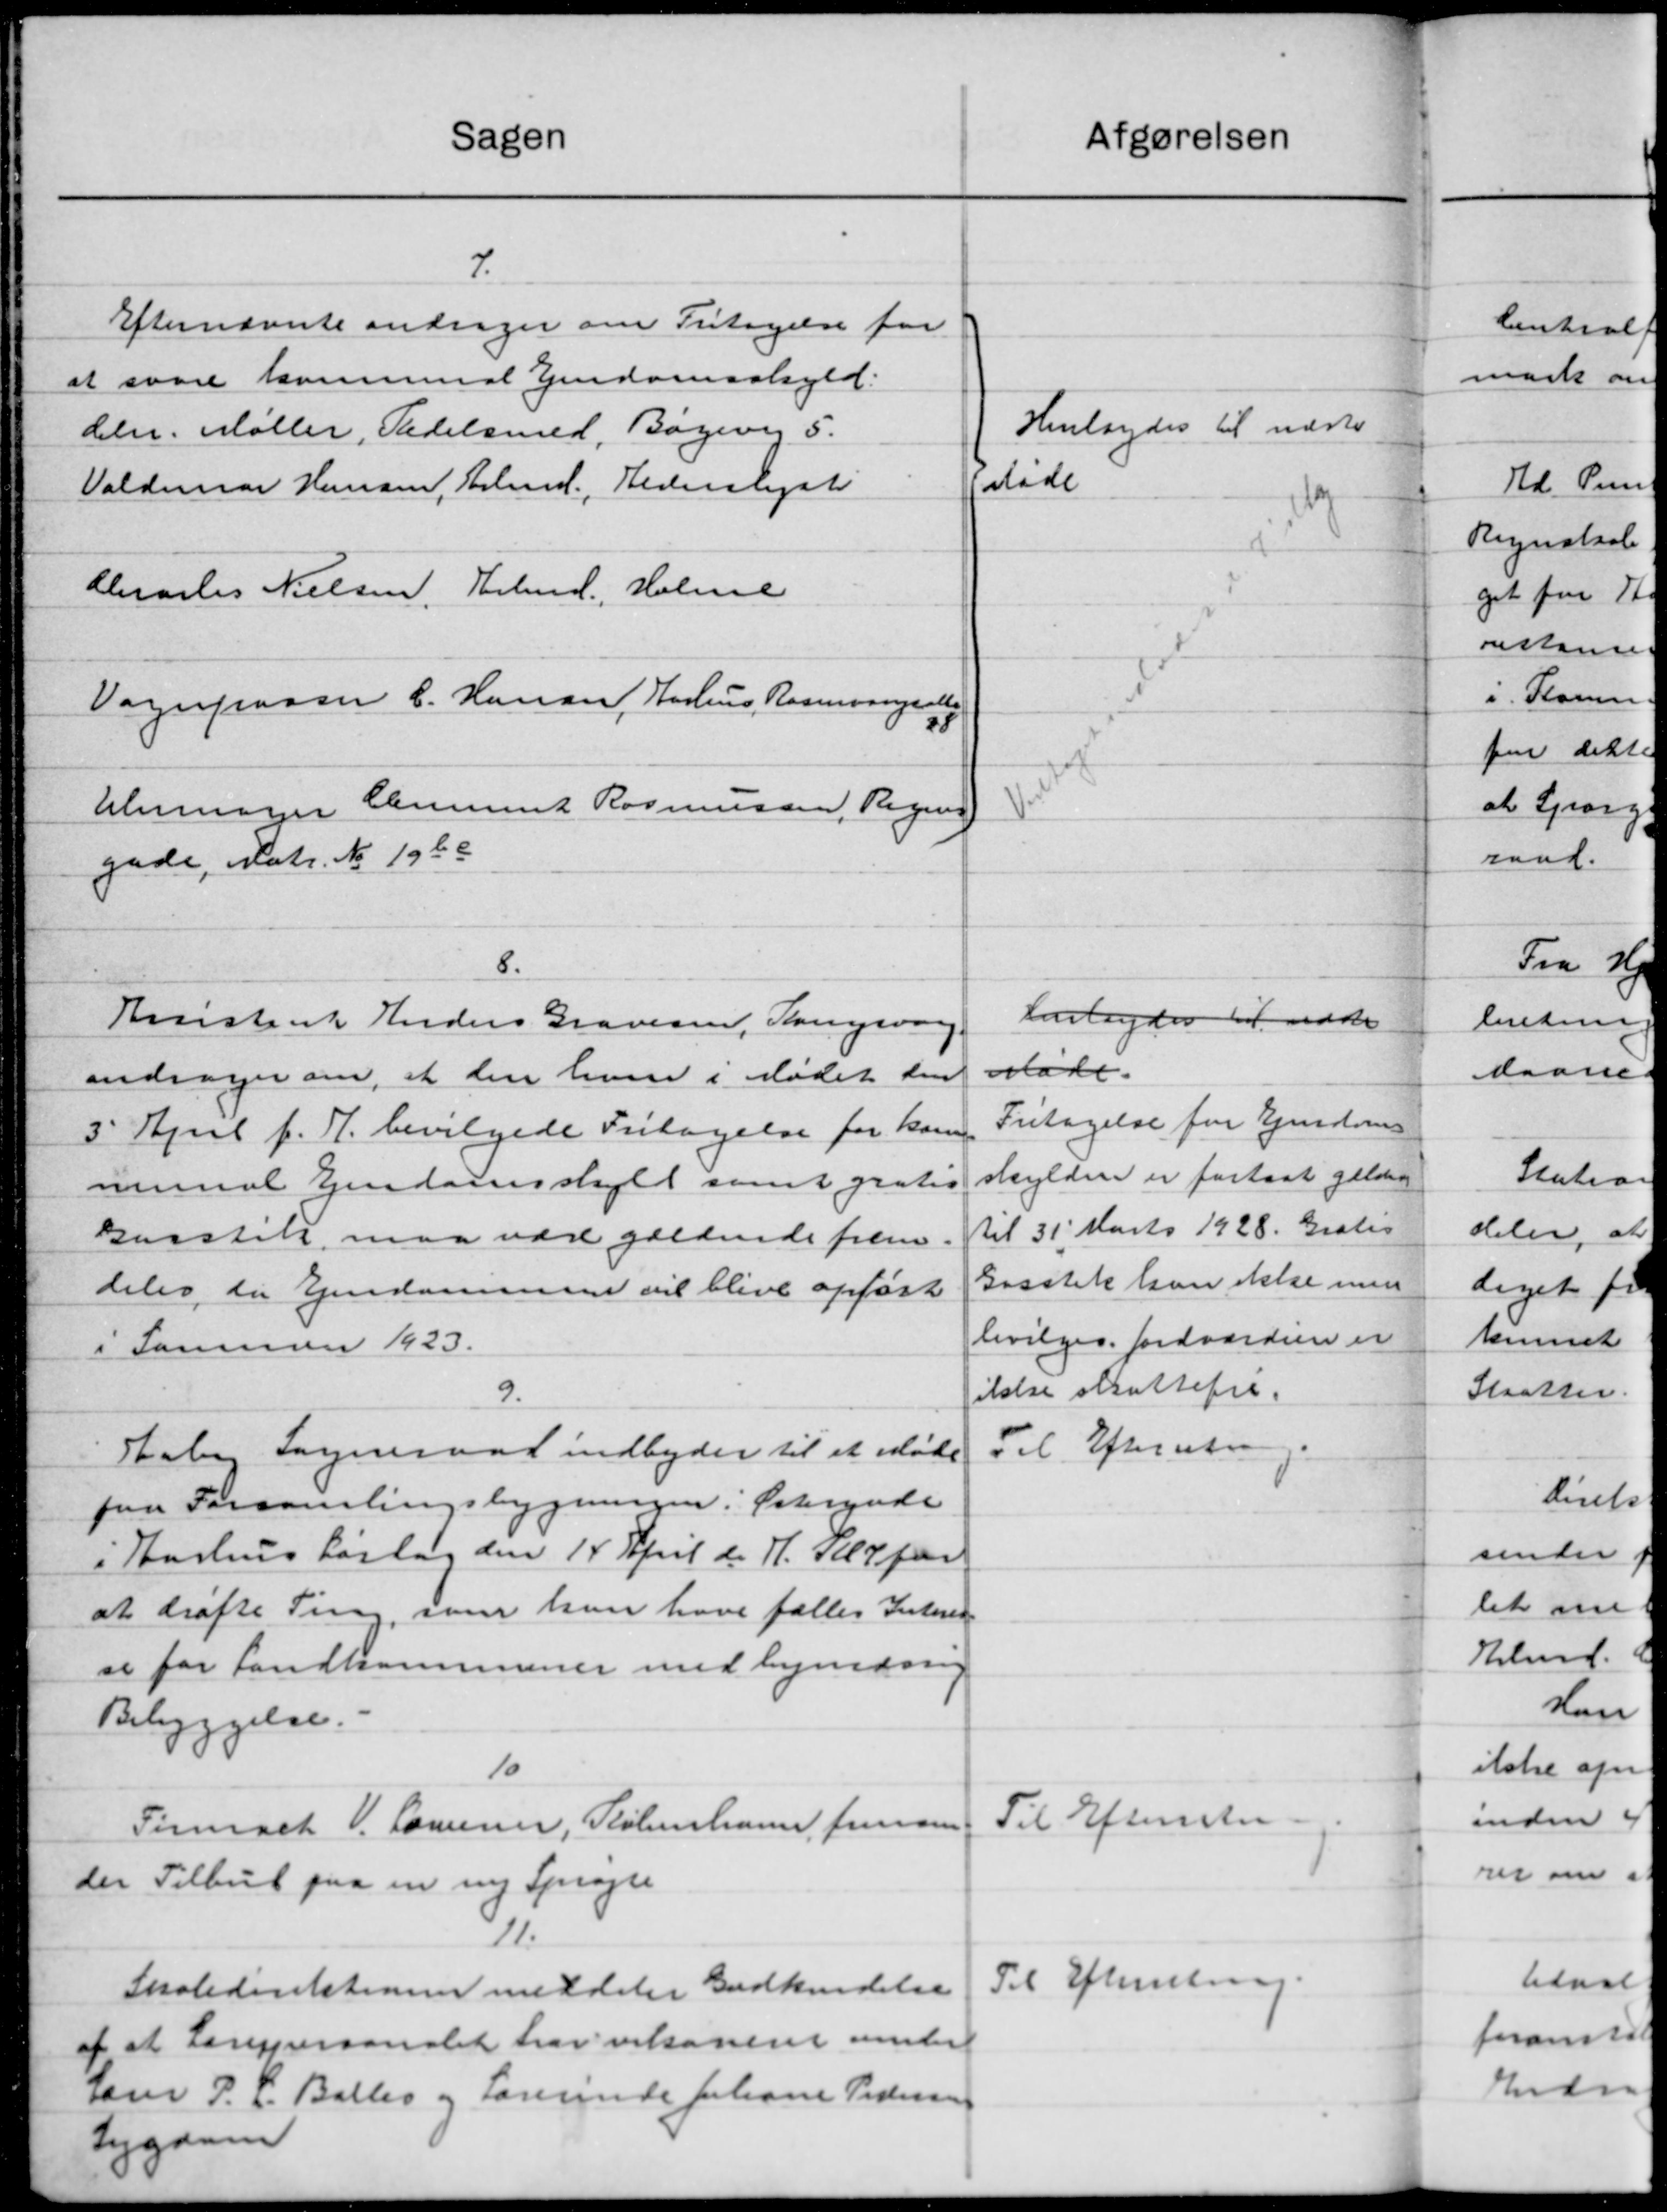
Transskription:
Sagen
7.
Efternævnte andrager om Fritagelse for
at svare kommunal Ejendomsskyld.
dehr. Møller, Padelsmed, Bøgere 5.
Valdemar Hansen, Arbmd. Vederslyste
Charles Nielsen, Arbmd. Holme
Vagnpassen C. Hansen, Aarhus Rasmussen alts
18
Alemager Clement Rasmussen, Regning
gade, Matr. No 1968
8.
Kvorstank Anders Gravesen, Kongsvar
andrager om, at den hun i Mødet den
3' April f. A. bevilgede Fritagelse for kom
munal Ejendomsskyld samt gratis
Garstik, maa være gældende frem
deles til Ejendommen vil blive opført
i Sammen 1923.
9.
skal Sogneraad indbyder til et Møde
paa Forsamlingsbygningen i Østergade
i Aarhus Lørdag den 14 April d. A. Kl 7 for
at drøfte Sing, som han have fælles Interen
se for Landkommuner med bymdrig
Bebyggelse.
10
Tirmaet. Lorensen, København fremsen
der Tilbud paa en ny Sprøjte
1.
Skoledisitationen meddeler Godkendelse
af at Lærerpersonalet har vilsoneret under
Lærer P. L. Balles og Lærerinde Johane Pedersen
Syggaar